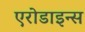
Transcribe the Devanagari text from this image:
एरोडाइन्स